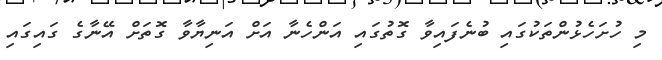
މި ހުށަހެޅުންތަކުގައި ބުނެފައިވާ ގޮތުގައި އަންހެނާ އަށް އަނިޔާވާ ގޮތަށް އޭނާގެ ގައިގައި